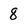
Character: 8